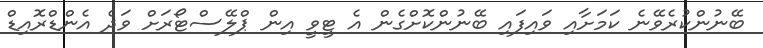
ބޭނުންކުރެވޭނެ ކަމަށާއި ވައިފައި ބޭނުންކޮށްގެން އެ ޓީވީ އިން ޕްލޭސްޓޯރަށް ވަދެ އެންޑްރޮއިޑް